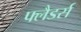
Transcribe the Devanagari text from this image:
फ्लैडर्स